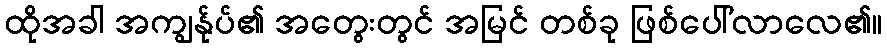
ထိုအခါ အကျွန်ုပ်၏ အတွေးတွင် အမြင် တစ်ခု ဖြစ်ပေါ်လာလေ၏။